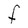
Character: F